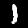
Digit: 1